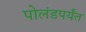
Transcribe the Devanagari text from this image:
पोलंडपर्यंत